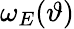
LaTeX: \omega_{E}(\vartheta)